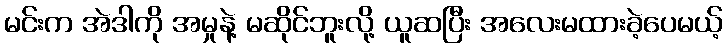
မင်းက အဲဒါကို အမှုနဲ့ မဆိုင်ဘူးလို့ ယူဆပြီး အလေးမထားခဲ့ပေမယ့်